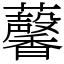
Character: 𧅥